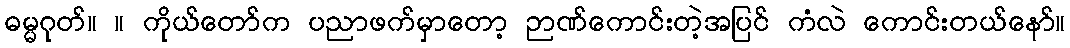
ဓမ္မဂုတ်။ ။ ကိုယ်တော်က ပညာဖက်မှာတော့ ဉာဏ်ကောင်းတဲ့အပြင် ကံလဲ ကောင်းတယ်နော်။